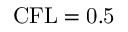
\mathrm { C F L = 0 . 5 }